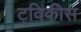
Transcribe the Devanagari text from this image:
ट्विंकीस